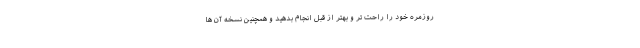
روزمره خود را راحت تر و بهتر از قبل انجام بدهید و همچنین نسخه آن ها